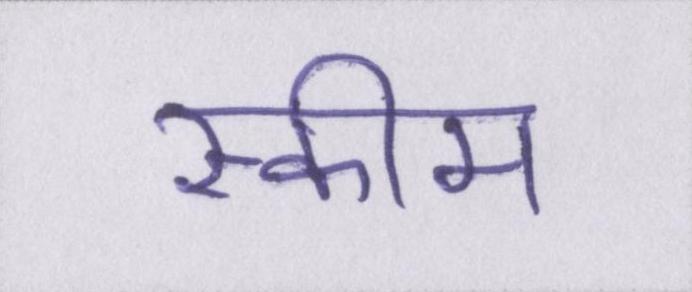
स्कीम